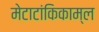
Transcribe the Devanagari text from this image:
मेटाटांकिकाम्ल